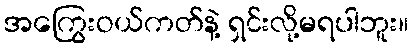
အကြွေးဝယ်ကတ်နဲ့ ရှင်းလို့မရပါဘူး။